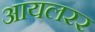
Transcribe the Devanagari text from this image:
आयलरर